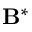
\mathbf { B } ^ { * }